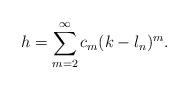
LaTeX: \begin{align*} h=\sum_{m=2}^\infty c_m (k-l_n)^m.\end{align*}